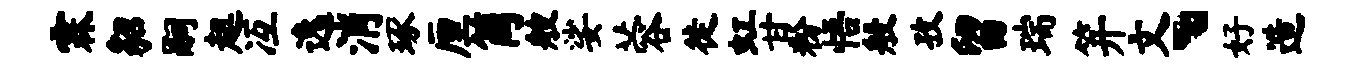
霖貂嗣趄冱逸消琢厘筒艘娑蓉徙虹甘粉悟般孜留瑞笄文丶好造